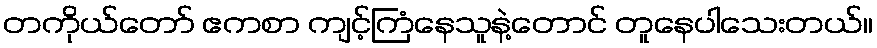
တကိုယ်တော် ဧကစာ ကျင့်ကြံနေသူနဲ့တောင် တူနေပါသေးတယ်။